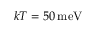
k T = 5 0 \, \mathrm { m e V }